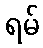
ရမ်